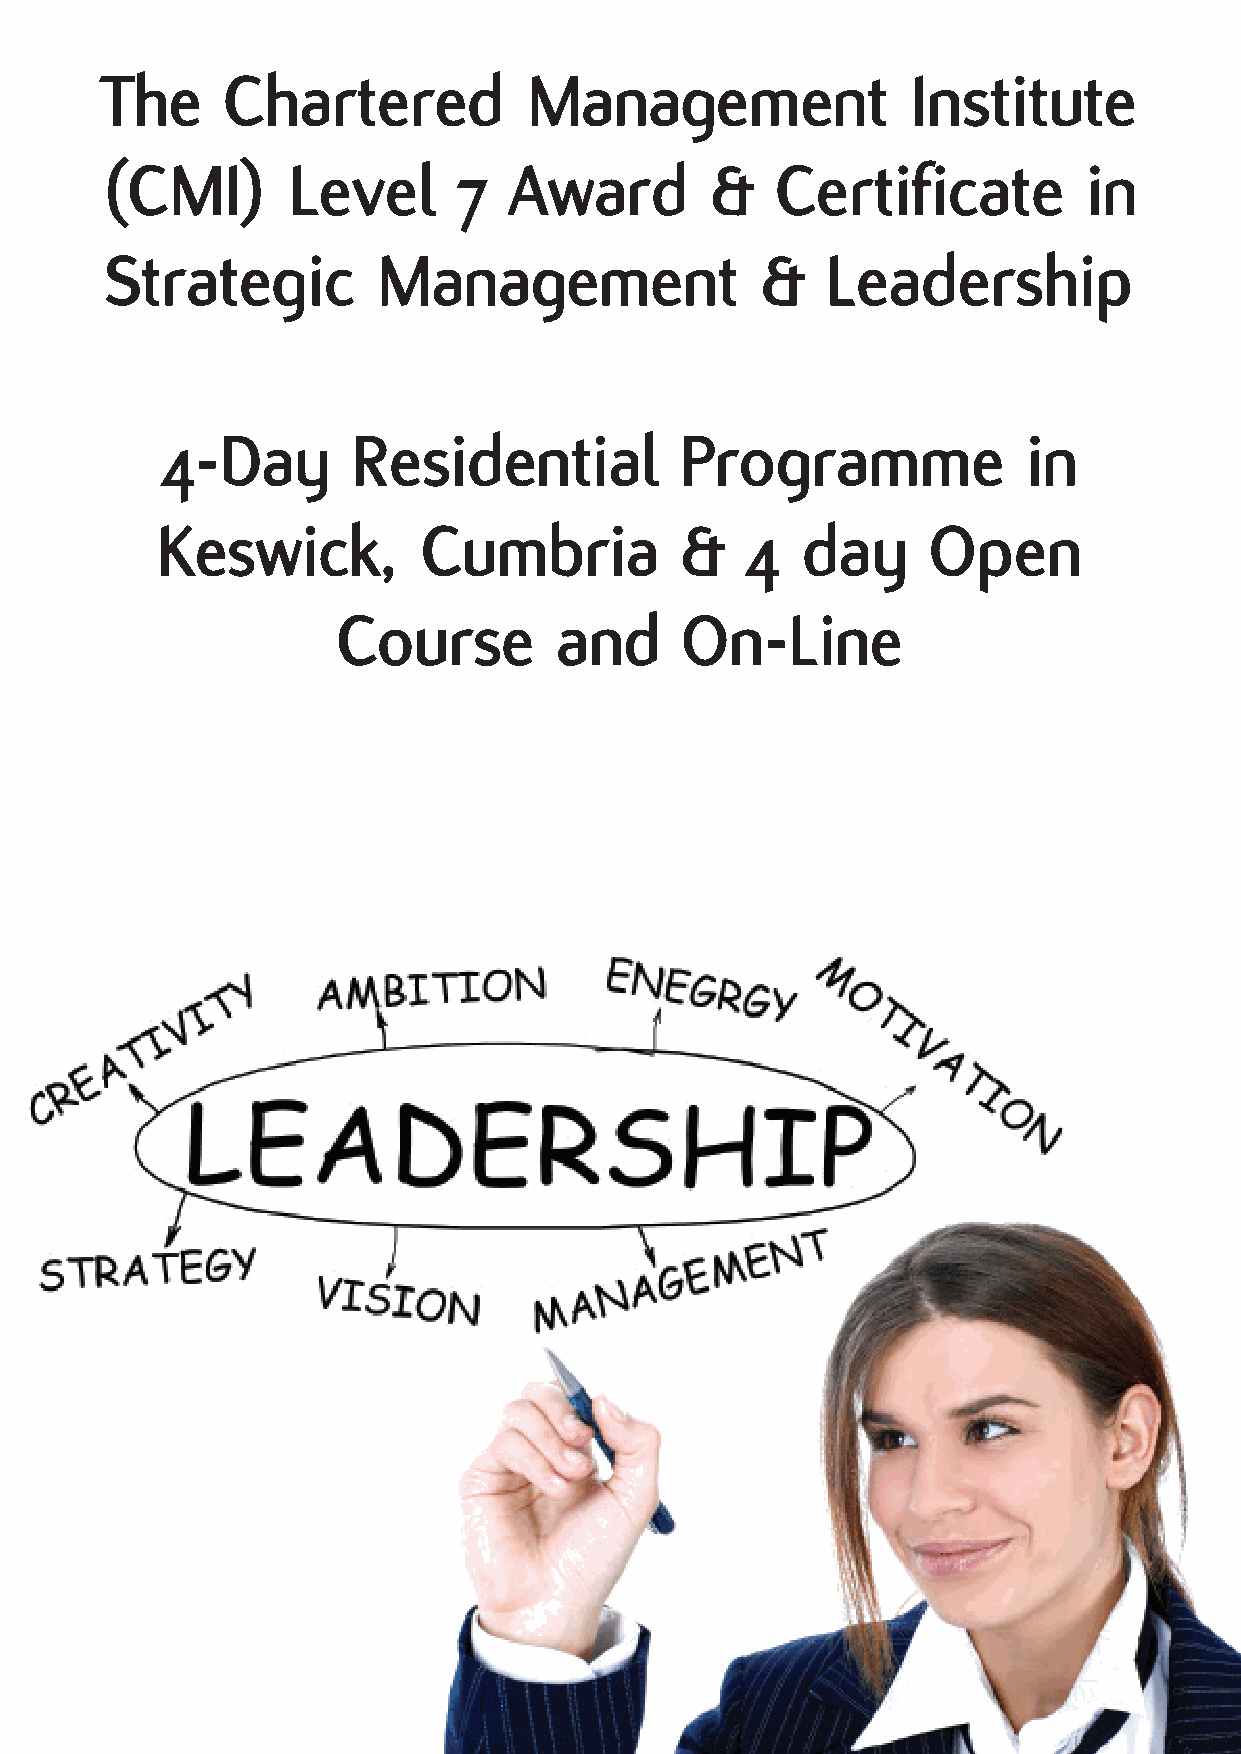
The     Chartered           Management               Institute
 (CMI)       Level      7   Award        &   Certificate          in
 Strategic         Management               &    Leadership
 4-Day       Residential           Programme              in
 Keswick,          Cumbria          &   4   day      Open
 Course         and     On-Line